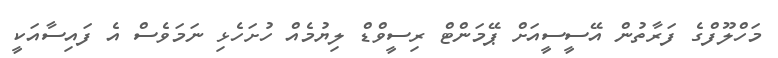
މަހްލޫފްގެ ފަރާތުން އޭސީސީއަށް ޕޭމަންޓް ރިސީވްޑް ލިޔުމެއް ހުށަހެޅި ނަމަވެސް އެ ފައިސާއަކީ